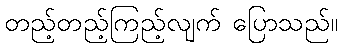
တည့်တည့်ကြည့်လျက် ပြောသည်။